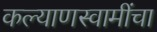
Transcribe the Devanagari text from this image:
कल्याणस्वामींचा